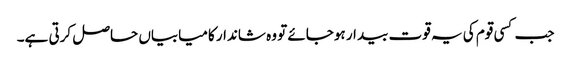
جب کسی قوم کی یہ قوت بیدار ہوجائے تو وہ شاندار کامیابیاں حاصل کرتی ہے۔